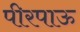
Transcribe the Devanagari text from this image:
पीरपाऊ